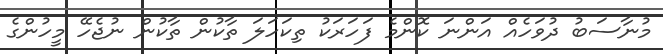
މުނާސަބު ދުވަހެއް އަންނަ ކޮންމެ ފަހަރަކު ތިކަހަލަ ތާކުން ތާކުން ނުޖެހޭ މީހުންގެ